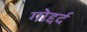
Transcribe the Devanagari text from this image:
गोद्दर्द